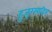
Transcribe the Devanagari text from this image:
हुजूरसाहिब